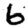
Digit: 6